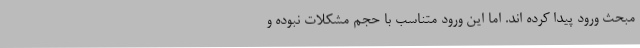
مبحث ورود پیدا کرده اند. اما این ورود متناسب با حجم مشکلات نبوده و